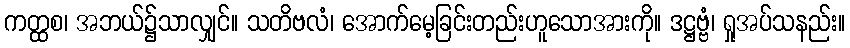
ကတ္ထစ၊ အဘယ်၌သာလျှင်။ သတိဗလံ၊ အောက်မေ့ခြင်းတည်းဟူသောအားကို။ ဒဋ္ဌဗ္ဗံ၊ ရှုအပ်သနည်း။